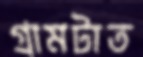
গ্রামটাত